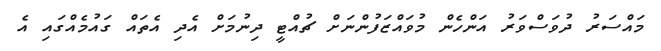
މައްސަރު ދުވަސްވަރު އަންހެން މުވައްޒަފުންނަށް ޗުއްޓީ ދިނުމަށް އެދި އެތައް ގައުމެއްގައި އެ